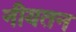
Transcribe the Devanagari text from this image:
नीयतन